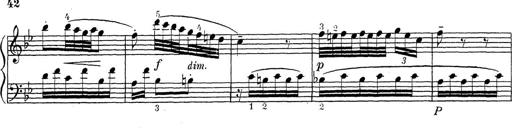
Title: ÄŒeskÃ© Sonatiny
Composer: Various